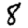
Digit: 8